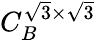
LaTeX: C_{B}^{\sqrt{3}\times\sqrt{3}}